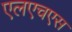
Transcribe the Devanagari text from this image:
एलएचएस